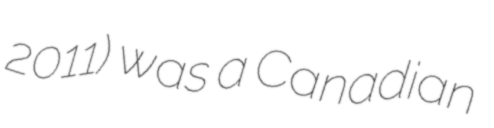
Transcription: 2011) was a Canadian